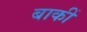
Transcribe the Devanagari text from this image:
बाकीं